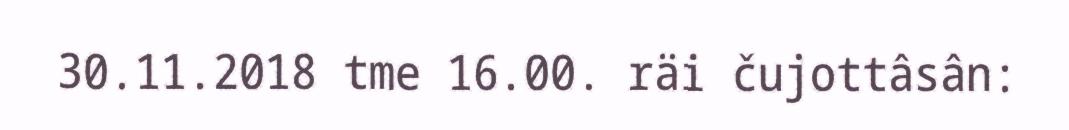
30.11.2018 tme 16.00. räi čujottâsân: